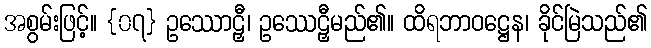
အစွမ်းဖြင့်။ {၀၇} ဥဿောဠှီ၊ ဥဿေဠှီမည်၏။ ထိရဘာဝဋ္ဌေန၊ ခိုင်မြဲသည်၏